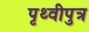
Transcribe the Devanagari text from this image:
पृथ्वीपुत्र